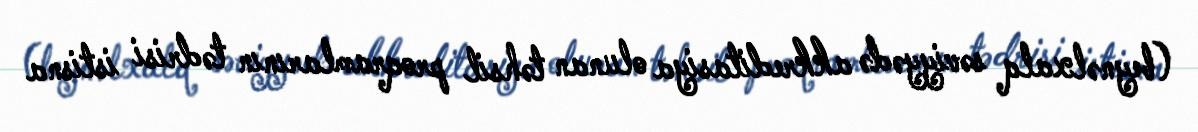
(beynəlxalq səviyyədə akkreditasiya olunan təhsil proqramlarının tədrisi istisna